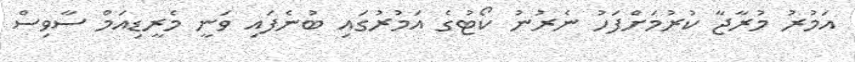
އަމުރު މުރާޖާ ކުރުމަށްފަހު ނެރުނު ކޯޓުގެ އަމުރުގައި ބުނެފައި ވަނީ މެރީޑިއަމް ސާވިސް